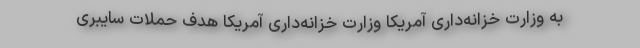
به وزارت خزانه‌داری آمریکا وزارت خزانه‌داری آمریکا هدف حملات سایبری